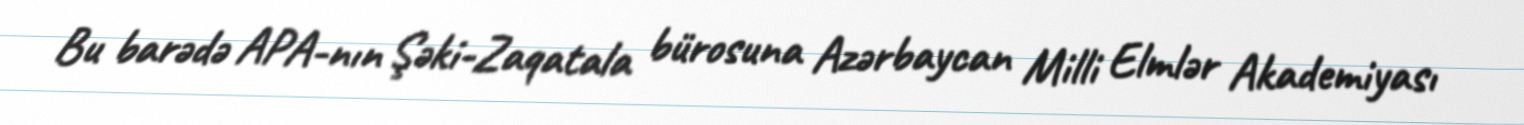
Bu barədə APA-nın Şəki-Zaqatala bürosuna Azərbaycan Milli Elmlər Akademiyası